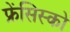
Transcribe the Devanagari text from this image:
फ्रेंसिस्‍को